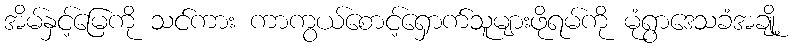
အိမ်နှင့်မြေကို သင်ကား ကာကွယ်စောင့်ရှောက်သူများဖိုရမ်ကို မုံရွာဒေသခံအချို့